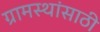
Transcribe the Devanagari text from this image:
ग्रामस्थांसाठी